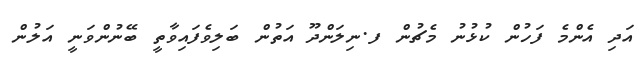
އަދި އެންމެ ފަހުން ކުޅުނު މެޗުން ފ.ނިލަންދޫ އަތުން ބަލިވެފައިވާތީ ބޭނުންވަނީ އަލުން